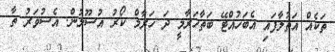
ތަކެއް އަތުލާފައި އެބަހުއްޓޭ ބަތާހަރާމީ ދަ ހަރާމް ކޯރު އުސޫލުން. އެސުވަރު ތާ